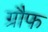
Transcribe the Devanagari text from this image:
ग्रौफ